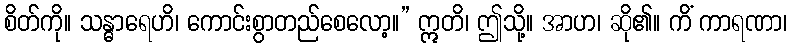
စိတ်ကို။ သန္ဓာရေဟိ၊ ကောင်းစွာတည်စေလော့။” ဣတိ၊ ဤသို့။ အာဟ၊ ဆို၏။ ကိံ ကာရဏာ၊